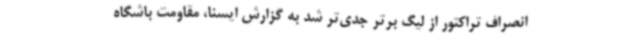
انصراف تراکتور از لیگ برتر جدی‌تر شد به گزارش ایسنا، مقاومت باشگاه